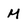
Character: M